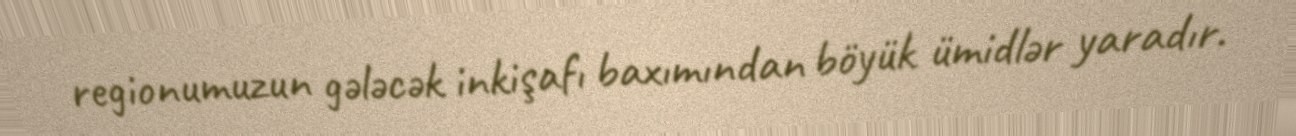
regionumuzun gələcək inkişafı baxımından böyük ümidlər yaradır.